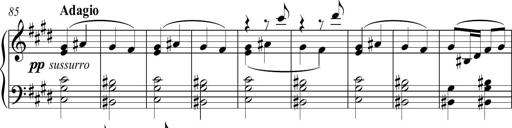
Title: Funeral March and Sonatina
Composer: Thomas Hellemans
Key: C-sharp minor